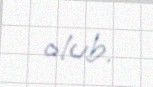
olub.